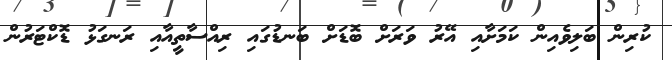
ކުރިން ބަލިވެއިން ކަމަށާއި އޭރު ވަރަށް ބޮޑަށް ބަނޑުގައި ރިއްސާތީއާއި ރަނގަޅު ޑޮކްޓަރުން